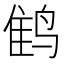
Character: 𲍾